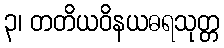
၃၊ တတိယဝိနယဓရသုတ္တ